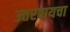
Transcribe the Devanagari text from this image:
उतरवायचा